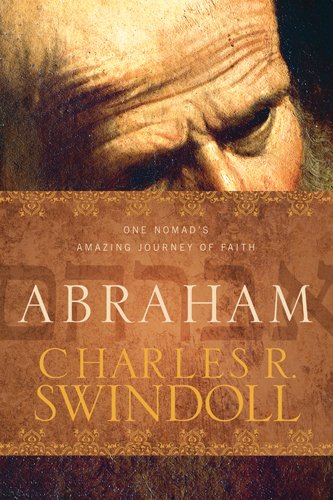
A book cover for Abraham: One Nomad's Amazing Journey of Faith; Charles R. Swindoll; Christian Books & Bibles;